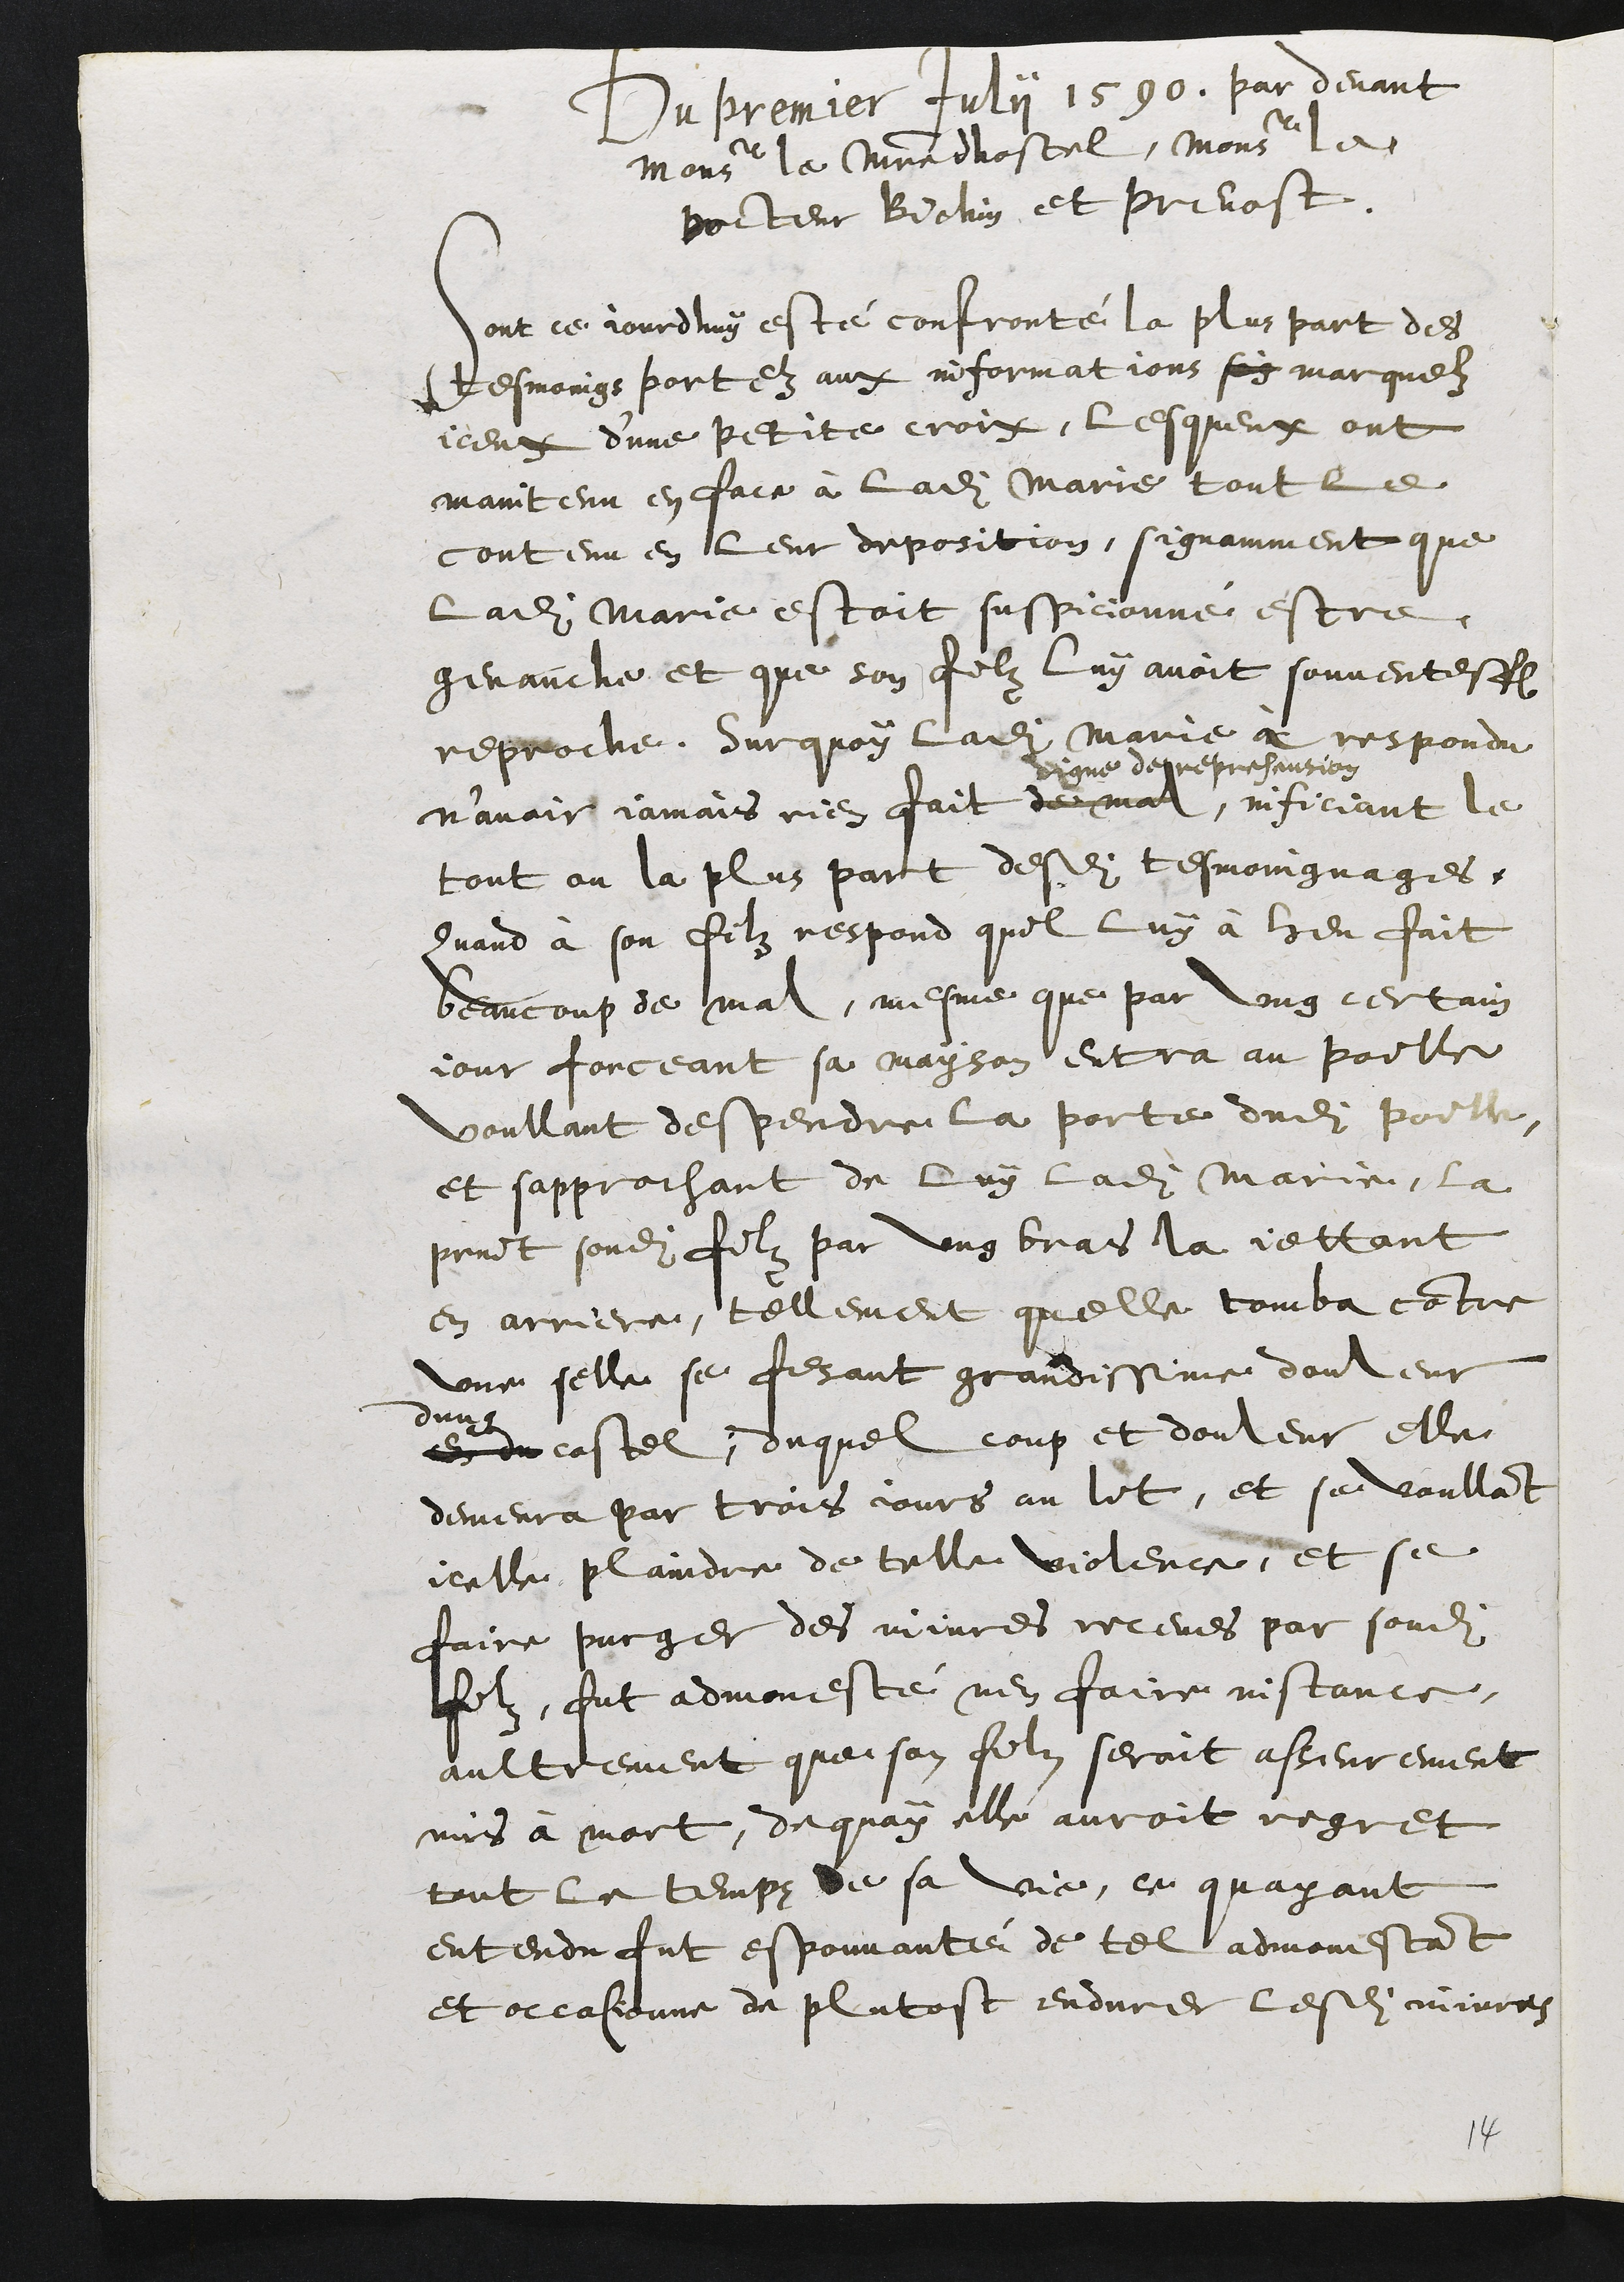
Du premier July 1590. par devant
Monseigeur le maistre dhostel, Monseigeur le
poiteur Biehin et prevost
ont ce jourdhuy esté confronté la plus part des
tesmoings portez aux informations son marquelz
iceut dune petite crois, lesqueux ont
maintenu en face à ladite Marie tout le
contenu en leur deposition, signamment que
ladite Marie estoit suspicionné estre
genauche et que son filz luy avoit souventesfe
reproche. Surquoy ladite Marie e respondu
n’avoir jamais rien fait de mal,
vigne depreprehention
inficiant le
tout ou la plus part desdites tesmoingnages
quand à son filz respond quil luy à heu fait
beaucoup de mal, mesme que par ung certain
jour forceant sa mayson entra au poille
voullant despendre la porte dudit poille
et sapprochant de luy ladite Marie, la
print sondit filz par ung bras la jettant
en arriere, tellement quelle tomba contre
une selle se fesant grandissime douleur
dun
en eu costel, duquel coup et douleur elle
demeura par trois jours au lit, et se voullant
icelle, plaindre de telle violence, et se
faire purger des miures receues par sondit
filz, fut admonesté nen faire instance,
aultrement que son filz seroit asseurement
mis à mort, dequoy elle auroit regret
tout le temps de sa vie, ce quayant
entendu fut espouvanté de tel admonestant
et occasonne de plutost endurer lesdits mivres